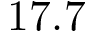
1 7 . 7